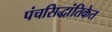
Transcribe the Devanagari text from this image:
पंचसिद्धांतिकेत